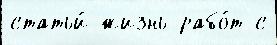
статьи́ жизнь рабо́т с